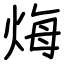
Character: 烸